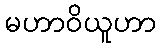
မဟာဝိယူဟာ